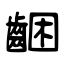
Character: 齫